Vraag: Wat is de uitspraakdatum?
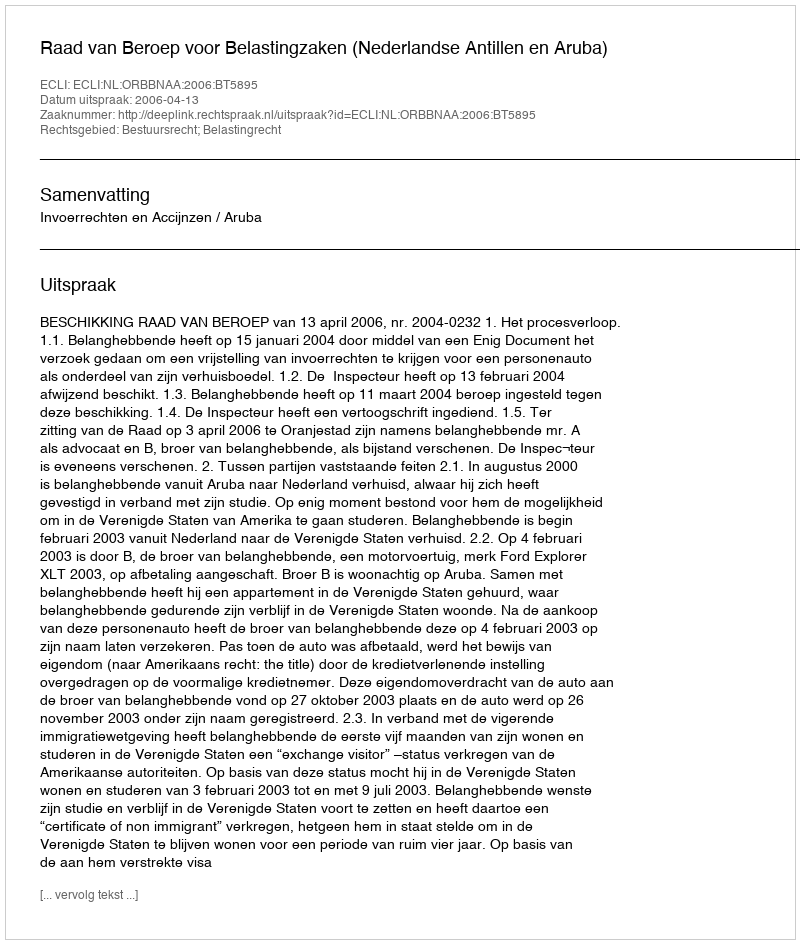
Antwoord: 2006-04-13